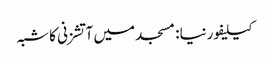
کیلیفورنیا: مسجد میں آتشزنی کا شبہ